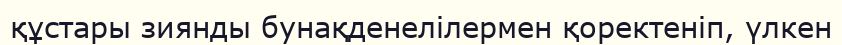
құстары зиянды бунақденелілермен қоректеніп, үлкен